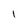
Character: l